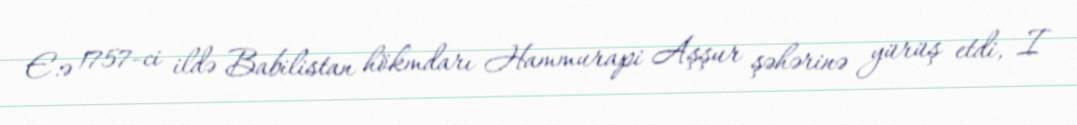
E.ə 1757-ci ildə Babilistan hökmdarı Hammurapi Aşşur şəhərinə yürüş etdi, I